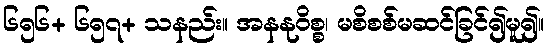
၆၅၆+ ၆၅၇+ သနည်း။ အနနုဝိစ္စ၊ မစိစစ်မဆင်ခြင်၍မူ၍။